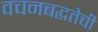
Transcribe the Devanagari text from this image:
वचनबद्धतेची